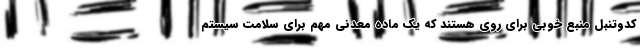
کدوتنبل منبع خوبی برای روی هستند که یک ماده معدنی مهم برای سلامت سیستم